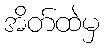
အိတ်ထဲမှ